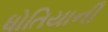
ધોતિયાની